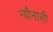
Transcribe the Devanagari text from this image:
न्यौनाली